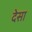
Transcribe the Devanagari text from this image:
देसा